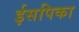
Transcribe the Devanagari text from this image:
ईसपिका